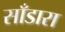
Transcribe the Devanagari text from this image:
साँडारा